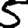
Digit: 5